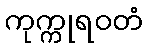
ကုက္ကုရဝတံ